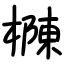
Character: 樄